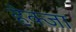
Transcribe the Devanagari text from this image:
हेक्जा